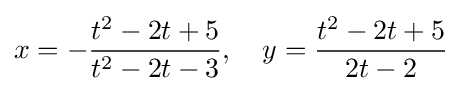
x=-{\frac {t^{2}-2t+5}{t^{2}-2t-3}},\quad y={\frac {t^{2}-2t+5}{2t-2}}